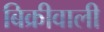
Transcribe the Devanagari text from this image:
बिक्रीवाली